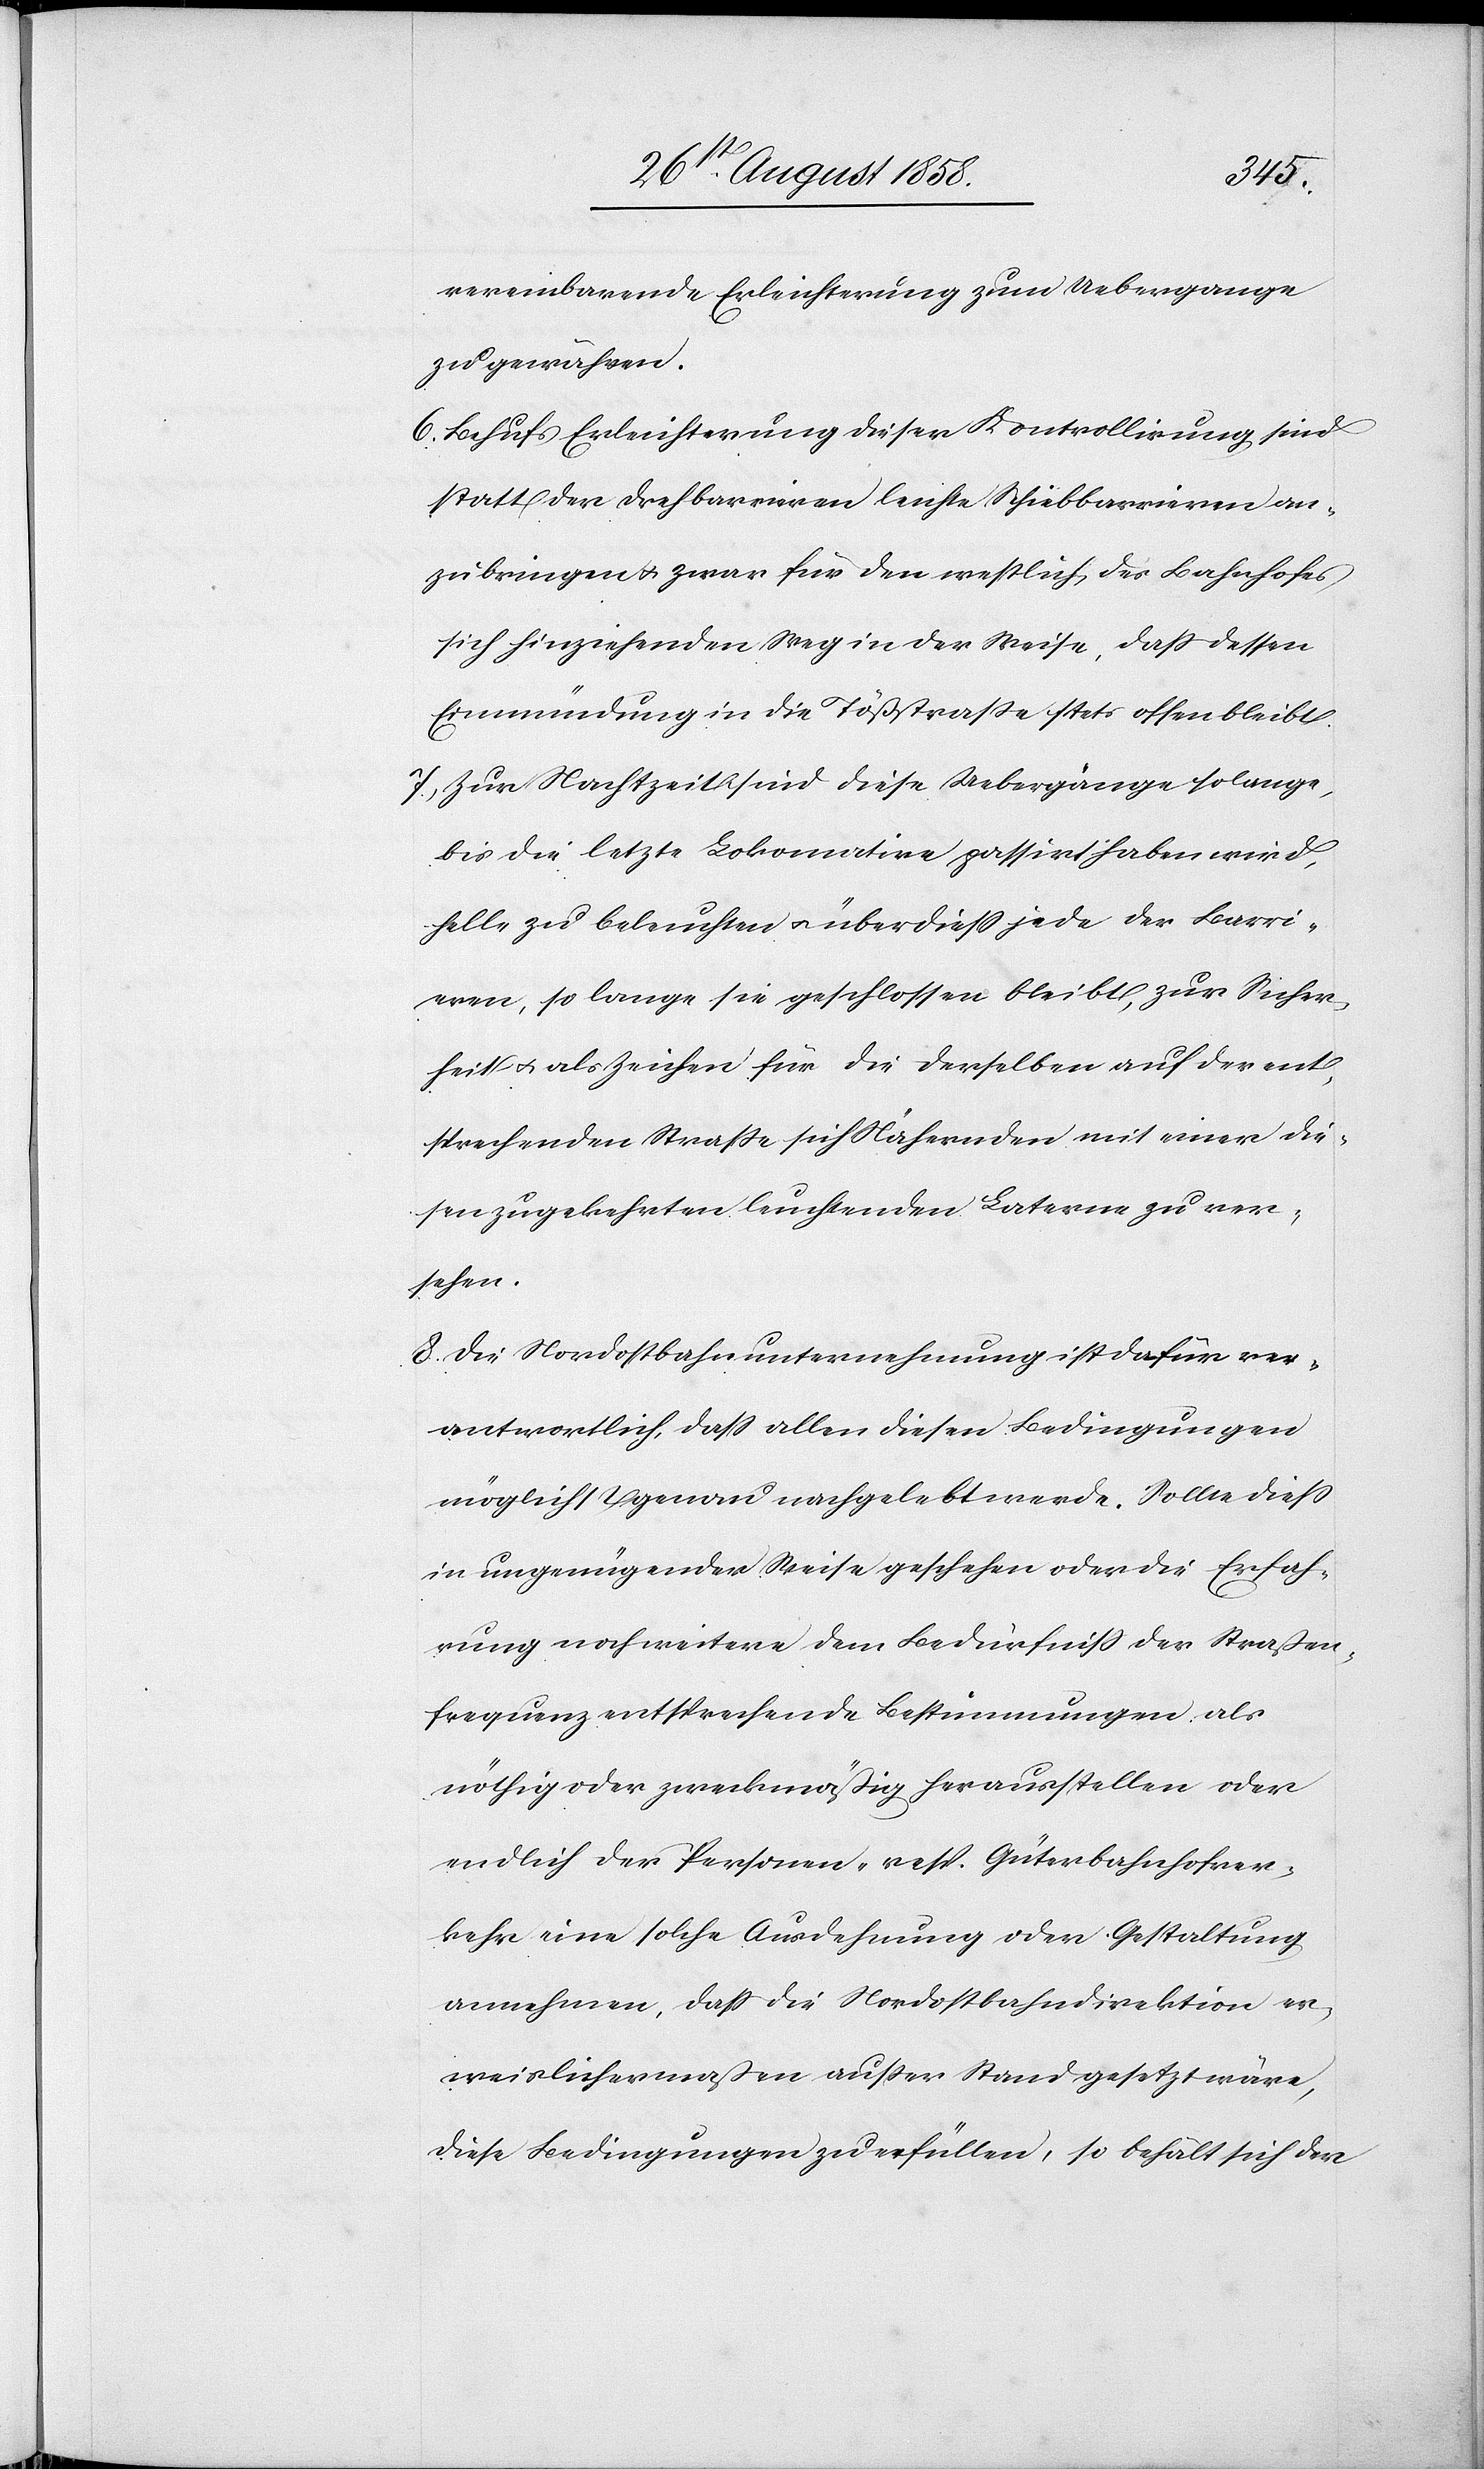
vereinbarende Erleichterung zum Uebergange
zu gewähren.
6. Behufs Erleichterung dieser Kontrollirung sind
statt der Drehbarrieren leichte Schiebbarrieren an¬
zubringen & zwar für den westlich des Bahnhofes
sich hinziehenden Weg in der Weise, dass dessen
Einmündung in die Tößstrasse stets offen bleibt.
7. Zur Nachtzeit sind diese Uebergänge solange,
bis die letzte Lokomotive passirt haben wird,
helle zu beleuchten & überdies jede der Barri¬
eren, so lange sie geschlossen bleibt, zur Sicher¬
heit & als Zeichen für die derselben auf der ent¬
sprechenden Strasse sich Nähernden mit einer die¬
sen zugekehrten leuchtenden Laterne zu ver¬
sehen.
8. Die Nordostbahnunternehmung ist dafür ver¬
antwortlich, dass allen diesen Bedingungen
möglichst genau nachgelebt werde. Sollte diess
in ungenügender Weise geschehen oder die Erfah¬
rung noch weitere dem Bedürfniss der Straßen¬
frequenz entsprechende Bestimmungen als
nöthig oder zweckmäßig herausstellen oder
endlich der Personen- resp. Güterbahnhofver¬
kehr eine solche Ausdehnung oder Gestaltung
annehmen, dass die Nordostbahndirektion er¬
weislichermaßen ausser Stand gesetzt wäre,
diese Bedingungen zu erfüllen, so behält sich der